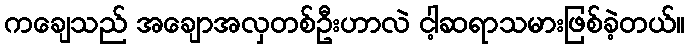
ကချေသည် အချောအလှတစ်ဦးဟာလဲ ငါ့ဆရာသမားဖြစ်ခဲ့တယ်။